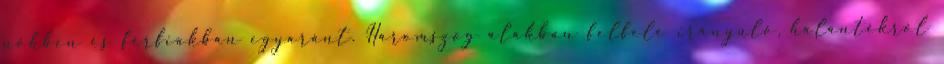
nőkben és férfiakban egyaránt. Háromszög alakban felfelé irányuló, halántékról